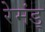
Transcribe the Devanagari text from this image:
रेमंड्